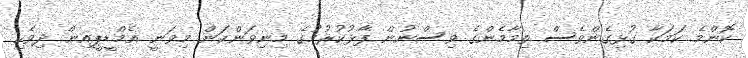
ކޮންމެ ކަމަކާ ގުޅިގެންވެސް ތިމާމެންގެ ވިސްނުން ފާޅުކުރުމުގެ މިނިވަންކަން މިވަނީ އެމްޑީޕީއިން ދިވެހި